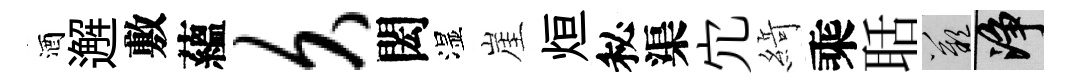
酒邂敷蘊久閎湿崖烜秘渠宂𦂶乘聒嘆净